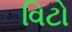
વિટો